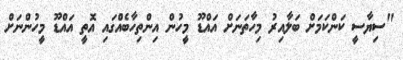
"ސިޔާސީ ކަންކަމަށް ބަލާއިރު މިހާތަނަށް އައްޑޫ މީހުން އިންތިހާބެއްގައި އޮތީ އައްޑޫ މީހުންނަށް